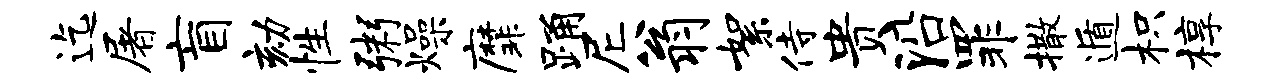
迄屠盲劾性粥燥縻踊尼翁絮侍贵沿罪撒遁枳椁